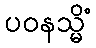
ပဝနသ္မိံ